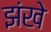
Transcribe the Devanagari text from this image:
झंखे